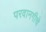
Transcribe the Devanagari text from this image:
परवानगीचे